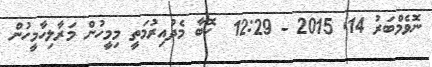
ނޮވެމްބަރު 14